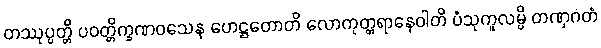
တဿုပ္ပတ္တိ ပဝတ္တိက္ခဏဝသေန ဟေဋ္ဌတောတိ လောကုတ္တရာနေဝါတိ ပံသုကူလမ္ပိ တဏှဂတံ